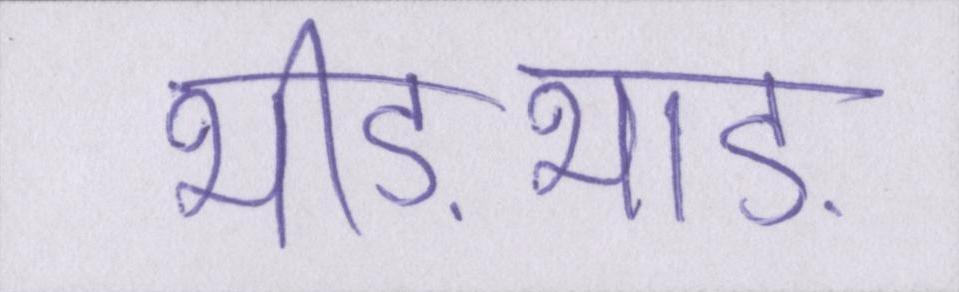
भीड़भाड़